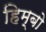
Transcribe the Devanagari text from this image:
हिम्बो